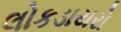
લોકડાયરો